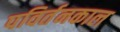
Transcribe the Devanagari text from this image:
पविर्तनकाल